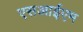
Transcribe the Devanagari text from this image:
एसआईएम